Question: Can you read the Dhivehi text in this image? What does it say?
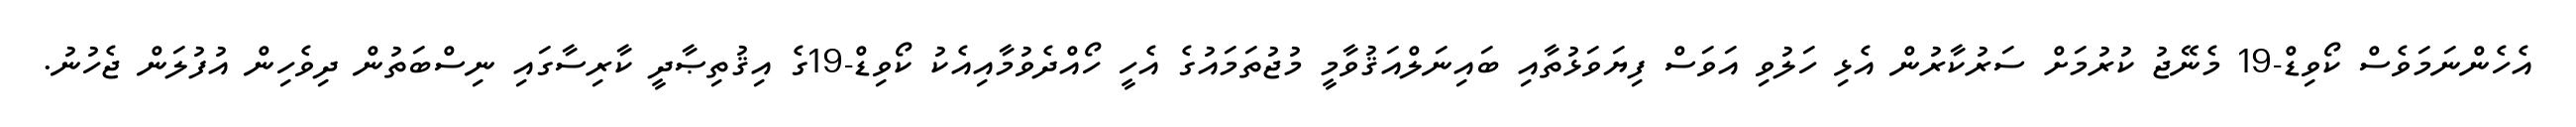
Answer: އެހެންނަމަވެސް ކޯވިޑް-19 މެނޭޖު ކުރުމަށް ސަރުކާރުން އެޅި ހަލުވި އަވަސް ފިޔަވަޅުތާއި ބައިނަލްއަޤުވާމީ މުޖުތަމައުގެ އެހީ ހޯއްދެވުމާއިއެކު ކޯވިޑް-19ގެ އިޤުތިޞާދީ ކާރިސާގައި ނިސްބަތުން ދިވެހިން އުފުލަން ޖެހުނު.